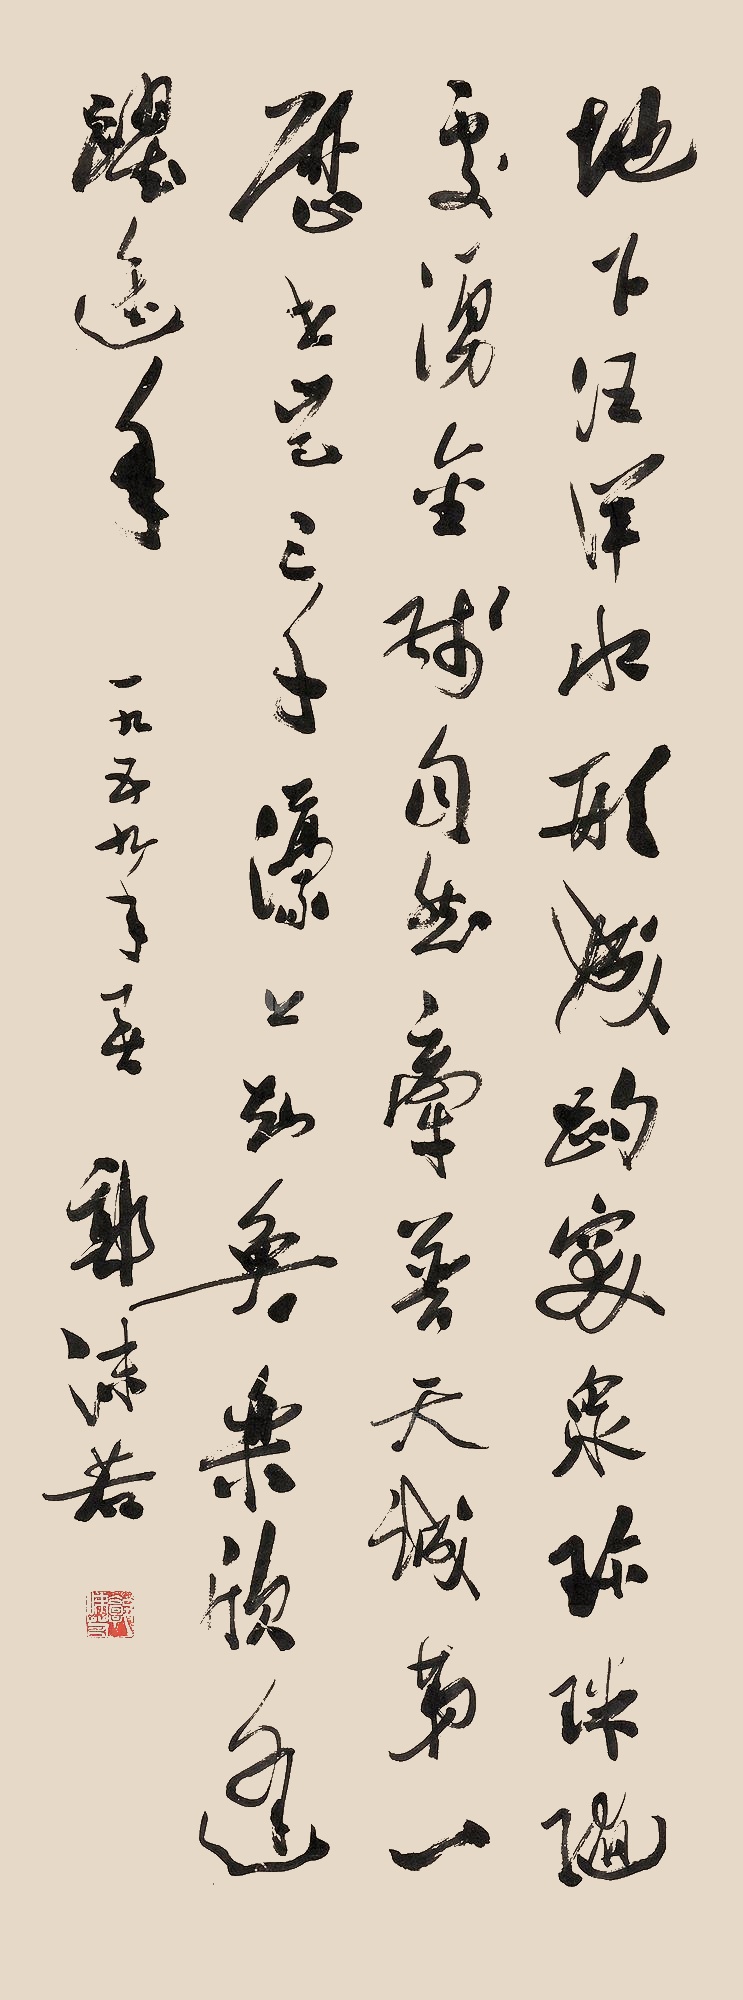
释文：地下汪洋水，形成趵突泉。珍珠随处涌，金线自然牵。普天诚第一，历世岂三千？濠上知鱼乐，欣逢跃进年。一九五九年春，郭沫若。